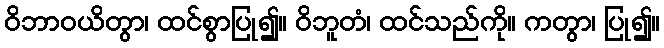
ဝိဘာဝယိတွာ၊ ထင်စွာပြု၍။ ဝိဘူတံ၊ ထင်သည်ကို။ ကတွာ၊ ပြု၍။